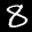
Label: 8